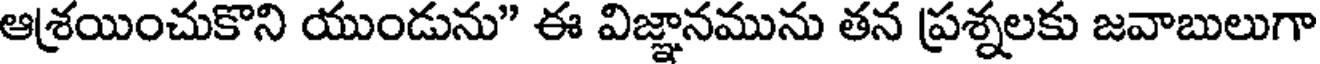
ఆశ్రయించుకొని యుండును" ఈ విజ్ఞానమును తన ప్రశ్నలకు జవాబులుగా